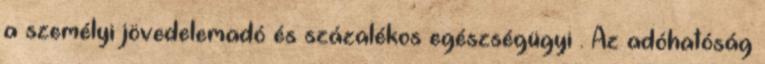
a személyi jövedelemadó és százalékos egészségügyi . Az adóhatóság